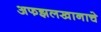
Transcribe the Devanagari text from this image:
अफझलखानाचे